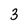
Character: 3